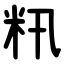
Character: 籸